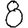
Digit: 8